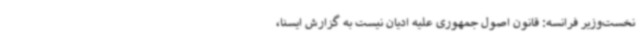
نخست‌وزیر فرانسه: قانون اصول جمهوری علیه ادیان نیست به گزارش ایسنا،